Insane asylums in Bengal annual reports 1876-1887 - 1876-1887
Year: 1876
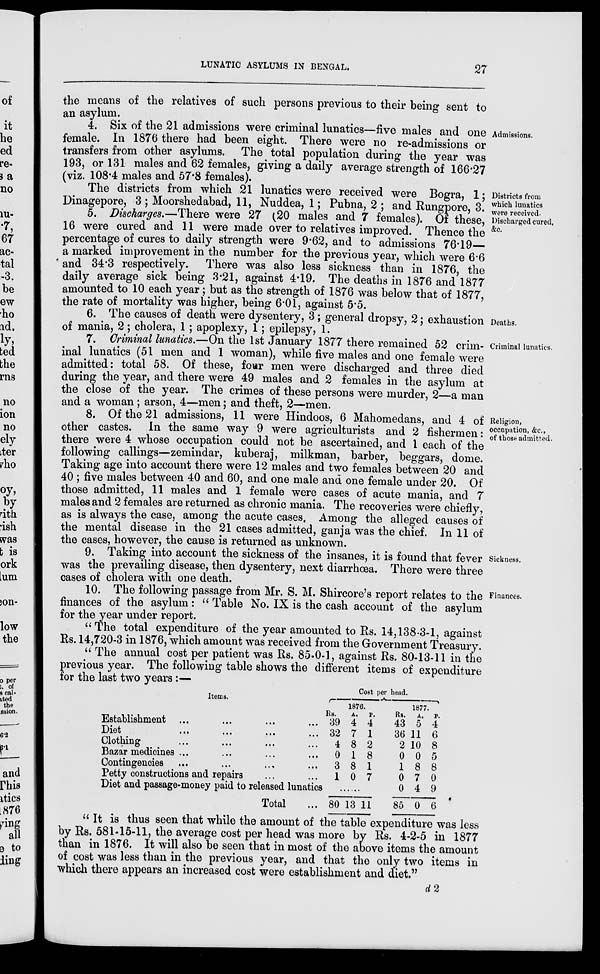
LUNATIC ASYLUMS IN BENGAL.
27
the means of the relatives of such persons previous to their being sent to
an asylum.
Admissions.
4. Six of the 21 admissions were criminal lunatics—five males and one
female. In 1876 there had been eight. There were no re-admissions or
transfers from other asylums. The total population during the year was
193, or 131 males and 62 females, giving a daily average strength of 166.27
(viz. 108.4 males and 57.8 females).
Districts from
which lunatics
were received.
Discharged cured,
&c.
The districts from which 21 lunatics were received were Bogra, 1;
Dinagepore, 3 ; Moorshedabad, 11, Nuddea, 1; Pubna, 2 ; and Rungpore, 3.
5. Discharges.—There were 27 (20 males and 7 females). Of these,
16 were cured and 11 were made over to relatives improved. Thence the
percentage of cures to daily strength were 9.62, and to admissions 76.19—
a marked improvement in the number for the previous year, which were 6.6
and 34.3 respectively. There was also less sickness than in 1876, the
daily average sick being 3.21, against 4.19. The deaths in 1876 and 1877
amounted to 10 each year; but as the strength of 1876 was below that of 1877,
the rate of mortality was higher, being 6.01, against 5.5.
Deaths.
6. The causes of death were dysentery, 3; general dropsy, 2; exhaustion
of mania, 2; cholera, 1 ; apoplexy, 1; epilepsy, 1.
Criminal lunatics.
7. Criminal lunatics.—On the 1st January 1877 there remained 52 crim-
inal lunatics (51 men and 1 woman), while five males and one female were
admitted: total 58. Of these, four men were discharged and three died
during the year, and there were 49 males and 2 females in the asylum at
the close of the year. The crimes of these persons were murder, 2—a man
and a woman: arson, 4—men; and theft, 2—men.
Religion,
occupation, &c.,
of those admitted.
8. Of the 21 admissions, 11 were Hindoos, 6 Mahomedans, and 4 of
other castes. In the same way 9 were agriculturists and 2 fishermen:
there were 4 whose occupation could not be ascertained, and 1 each of the
following callings—zemindar, kuberaj, milkman, barber, beggars, dome.
Taking age into account there were 12 males and two females between 20 and
40 ; five males between 40 and 60, and one male and one female under 20. Of
those admitted, 11 males and 1 female were cases of acute mania, and 7
males and 2 females are returned as chronic mania. The recoveries were chiefly,
as is always the case, among the acute cases. Among the alleged causes of
the mental disease in the 21 cases admitted, ganja was the chief. In 11 of
the cases, however, the cause is returned as unknown.
Sickness.
9. Taking into account the sickness of the insanes, it is found that fever
was the prevailing disease, then dysentery, next diarrhoea. There were three
cases of cholera with one death.
Finances.
10. The following passage from Mr. S. M. Shircore's report relates to the
finances of the asylum: " Table No. IX is the cash account of the asylum
for the year under report.
"The total expenditure of the year amounted to Rs. 14,138-3-1, against
Rs. 14,720-3 in 1876, which amount was received from the Government Treasury.
" The annual cost per patient was Rs. 85-0-1, against Rs. 80-13-11 in the
previous year. The following table shows the different items of expenditure
for the last two years :—
Items.
Establishment ... ... ... ...
Diet
...
...
...
...
Clothing ... ... ... ...
Bazar medicines ... ... ... ...
Contingencies ... ... ... ...
Petty constructions and repairs ... ... ...
Diet and passage-money paid to released lunatics
Total ...
Cost per head.
1876.
Rs.
39
32
4
0
3
1
A.
4
7
8
1
8
0
P.
4
1
2
8
1
7
......
80 13 11
1877.
Rs.
43
36
2
0
1
0
0
85
A.
5
11
10
0
8
7
4
0
P.
4
6
8
5
8
0
9
6
"It is thus seen that while the amount of the table expenditure was less
by Rs. 581-15-11, the average cost per head was more by Rs. 4-2-5 in 1877
than in 1876. It will also be seen that in most of the above items the amount
of cost was less than in the previous year, and that the only two items in
which there appears an increased cost were establishment and diet."
d2